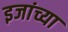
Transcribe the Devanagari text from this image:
इजांच्या